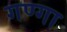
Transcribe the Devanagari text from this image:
गण्गा